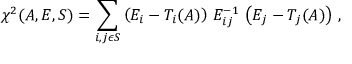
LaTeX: \chi ^ { 2 } ( A , E , S ) = \sum _ { i , j \epsilon S } \left( E _ { i } - T _ { i } ( A ) \right) \, { \cal E } _ { i j } ^ { - 1 } \, \left( E _ { j } - T _ { j } ( A ) \right) \, ,